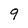
Character: 9